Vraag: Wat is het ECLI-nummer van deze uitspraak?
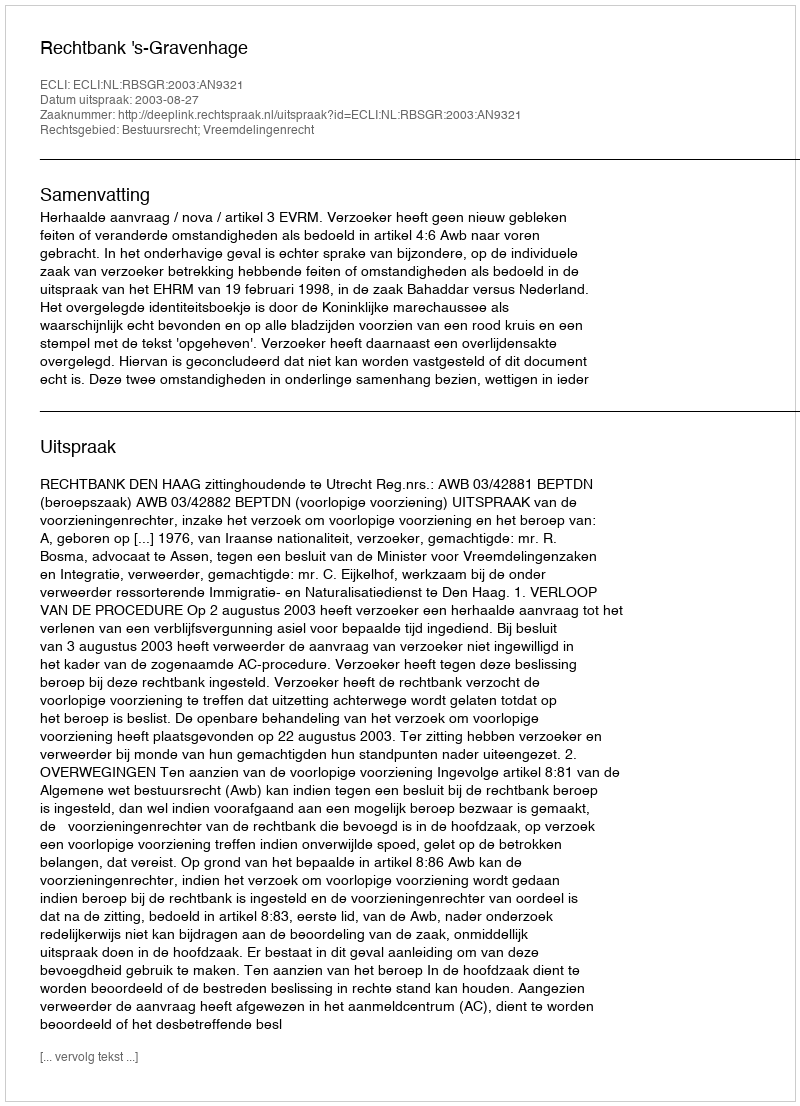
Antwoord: ECLI:NL:RBSGR:2003:AN9321